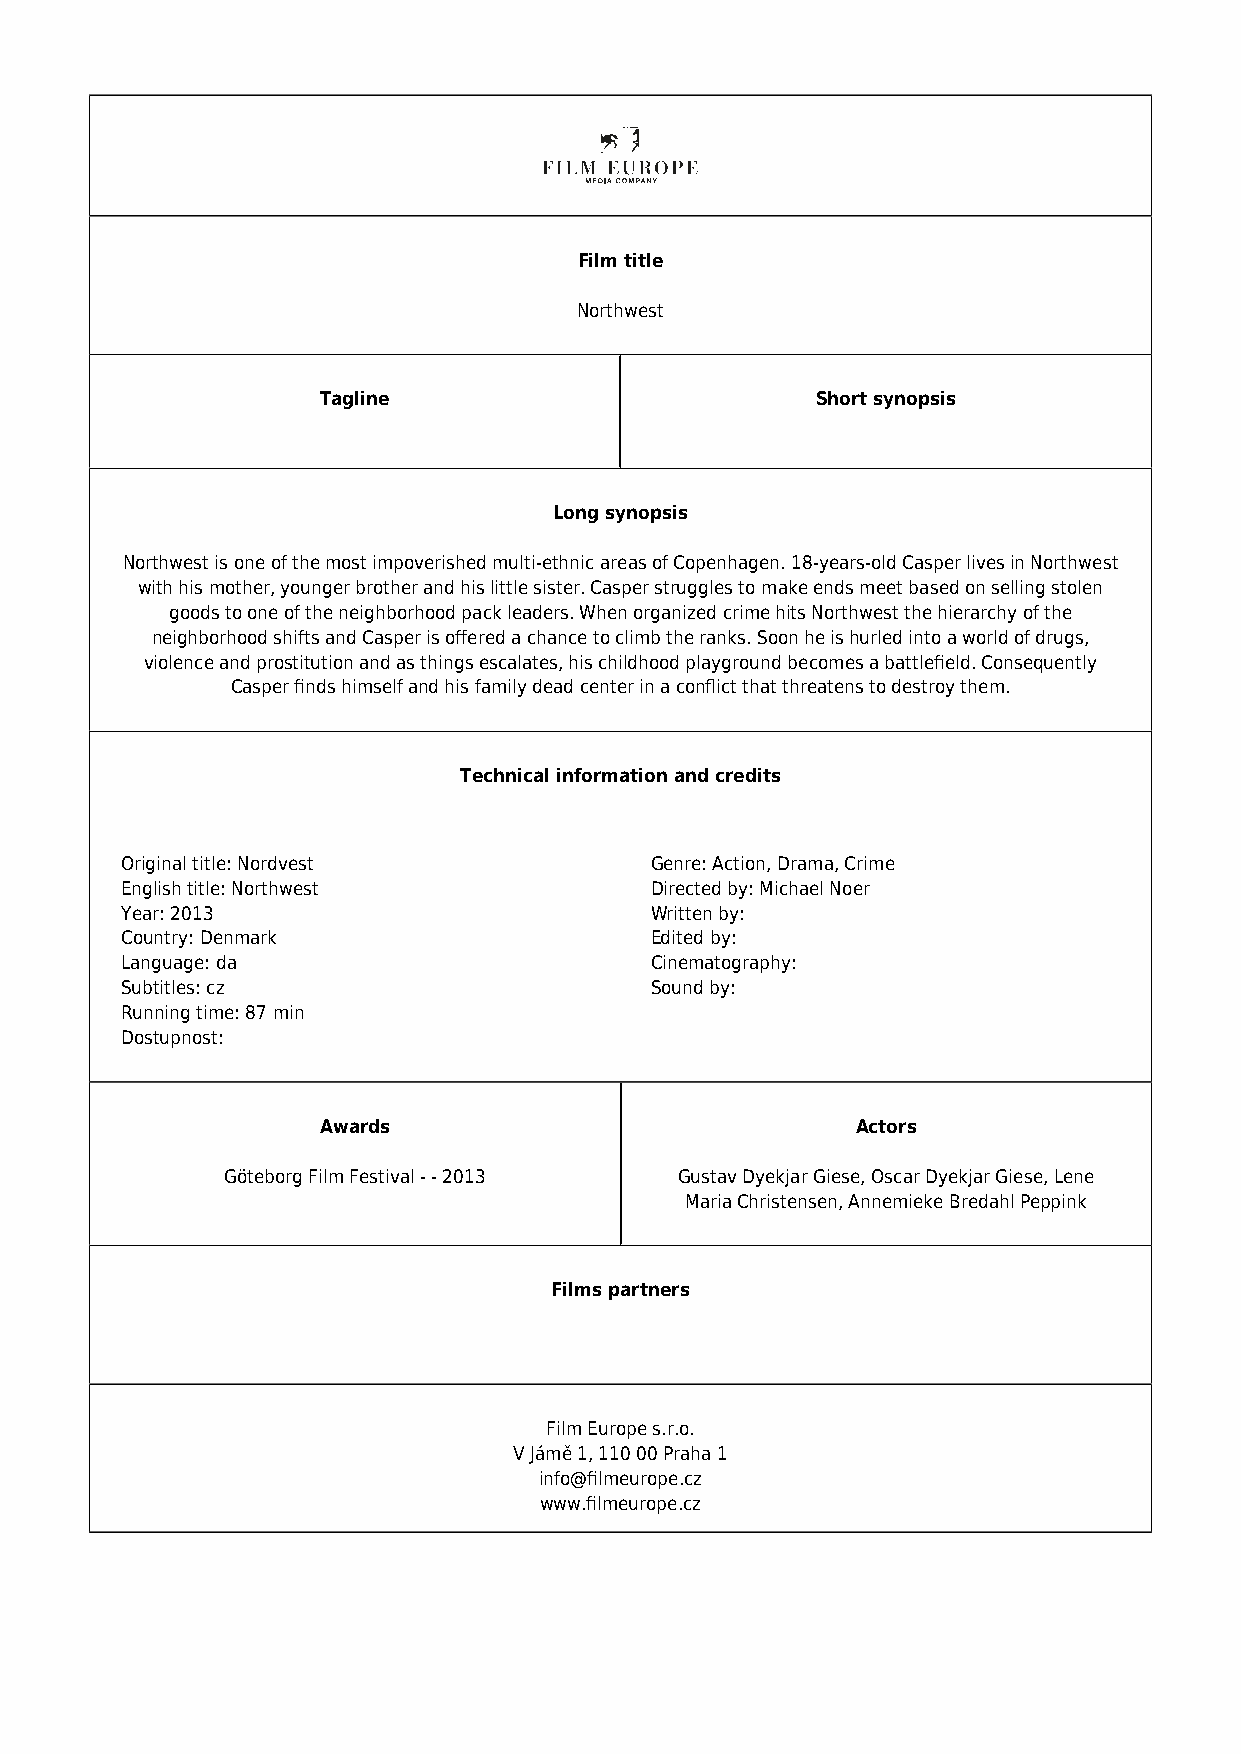
Film title
 Northwest
 Tagline                          Short synopsis
 Long synopsis
 Northwest is one of the most impoverished multi-ethnic areas of Copenhagen. 18-years-old Casper lives in Northwest
 with his mother, younger brother and his little sister. Casper struggles to make ends meet based on selling stolen
 goods to one of the neighborhood pack leaders. When organized crime hits Northwest the hierarchy of the
 neighborhood shifts and Casper is offered a chance to climb the ranks. Soon he is hurled into a world of drugs,
 violence and prostitution and as things escalates, his childhood playground becomes a battlefield. Consequently
 Casper finds himself and his family dead center in a conflict that threatens to destroy them.
 Technical information and credits
 Original title: Nordvest           Genre: Action, Drama, Crime
 English title: Northwest           Directed by: Michael Noer
 Year: 2013                         Written by:
 Country: Denmark                   Edited by:
 Language: da                       Cinematography:
 Subtitles: cz                      Sound by:
 Running time: 87 min
 Dostupnost:
 Awards                              Actors
 Göteborg Film Festival - - 2013 Gustav Dyekjar Giese, Oscar Dyekjar Giese, Lene
 Maria Christensen, Annemieke Bredahl Peppink
 Films partners
 Film Europe s.r.o.
 V Jámě 1, 110 00 Praha 1
 info@filmeurope.cz
 www.filmeurope.cz